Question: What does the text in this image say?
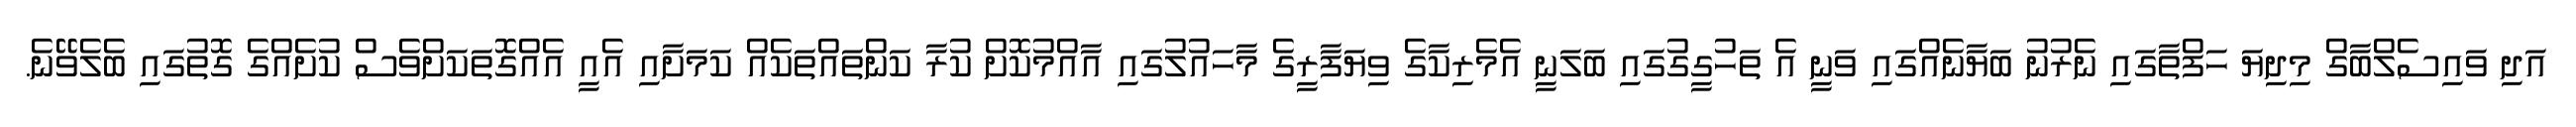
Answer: އަދި ވައިސެލްބާގް މިދިޔަ ހަފްތާގައި ނެރުނު ބަޔާނެއްގައި ވަނީ އެ ތަހުގީގުގައި ބަލަނީ އެމެރިކާގެ ވިޔަފާރީގެ މާހައުލުގައި އާއްމުކޮށް ކުރާ ކަންތައްތަކެއް ކަމަށާއި އެއީ އެއްގޮތަކަށްވެސް ކުށެއްގެ ގޮތުގައި ބެލެވޭނެ.